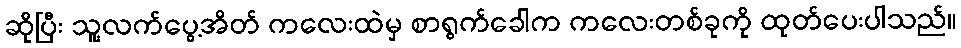
ဆိုပြီး သူ့လက်ပွေ့အိတ် ကလေးထဲမှ စာရွက်ခေါက ကလေးတစ်ခုကို ထုတ်ပေးပါသည်။